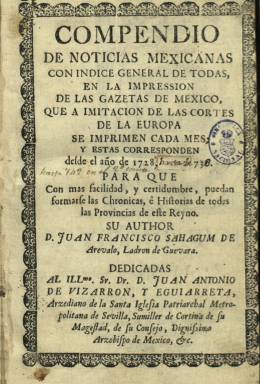
Título: Gazeta de México (1728)
Otros títulos: Gaceta de México
Colección: Gacetas
Ámbito geográfico: México
Lugar de publicación: México
Fechas: 01/01/1728-31/12/1739

Fundada y redactada por el presbítero Juan Francisco Sahagún y Arévalo Ladrón de Guevara (-1761) y editada e impresa por José Bernardo de Hogal (-1741), su periodicidad es mensual y sus entregas, de ocho páginas, secuenciadas y con foliación continuada;  compuestas a una columna y con un formato en cuarto. Estuvo publicándose desde enero de 1728 hasta diciembre de 1739, formando su colección 145 números y un total de 1.153 páginas. Del número 50 al 121 (1732-1737) tiene como pie a la Imprenta Real Superior del Gobierno. Los dos últimos son los únicos de cuatro páginas y carecen del  gran grabado en madera, con un escudo, que, con diversas variaciones en su diseño, era estampado en la primera plana de cada entrega.

La colección de la Biblioteca Nacional de España (BNE) no incluye ningún índice, aunque se sabe que otras colecciones pudieran tener alguno de los que sus artífices editaron e imprimieron, algunos bajo el título de Compendio..., como el que comprende de 1728 a 1736, cuya portada sí está incluida en la colección de la BNE, así como la Dedicatoria al arzobispo de México, Juan Antonio de Vizarrón y Eguiarreta, y el Prólogo al lector, firmados ambos textos por Hogal. Se publicó con licencia y privilegio del virrey de Nueva España, que desde 1722 era el marqués de Casafuerte, Juan de Acuña y Bejarano (-1734).

Se trata de una gazeta típica del XVIII, al estilo de las europeas y de las que se habían extendido ya en América, que será la segunda que,  con periodicidad fija, se publica en ese siglo en Nueva España, tras los seis números, también con periodicidad mensual , publicados por el también clérigo Juan Ignacio de Castorena y Ursúa (1668-1733) en 1722, y tras las anteriores gazetas, relaciones, sucesos u hojas volantes del XVII, o la reimpresión de la Gazeta de Madrid que el propio Hogal realizaba en México.

Sahagún y Hogal seguirán el modelo previo trazado por Castorena en la estructuración y contenidos de esta publicación, encabezados por titulillos con el nombre de los países o ciudades (al principio en cursiva y, después, en versales) de donde procedían las noticias o les afectaban los textos, pero con una ordenación más lógica y un estilo más claro y preciso que en su antecesora. Generalmente comenzaba con las concernientes a la entonces colonia bajo el epígrafe México, y le seguían otros con los nombres de otras de las ciudades de Nueva España, que generalmente eran sedes de órganos administrativos civiles, militares o eclesiásticos, o de poblaciones de importancia económica: Guadalajara, Querétaro, Vera Cruz, Acapulco, Puerto de Acapulco, Puebla de Los Ángeles, Valladolid, Real del Monte, Oaxaca, Michoacán, Zacatecas o Tasco, entre otras. Estas informaciones procedían, de forma anónima, de una suerte de “corresponsales” y de “correspondencias”, unas oficiales y otras particulares. Los primeros eran las propias autoridades seculares o religiosas (gobernadores, alcaldes, prelados, etc.). Las segundas podían proceder de relatos orales de capitanes de navío o de viajeros que llegaban a sus puertos, mientras que las noticias de otros países eran sacadas de las propias gazetas extranjeras. Así aparecen epígrafes con los nombres Madrid o Roma, o Guatemala o Perú.  Y a todo el material inicial Sahagún le aplicará un mismo estilo de redacción.

Publicará resúmenes del ordenamiento jurídico emanado por la monarquía  y el virreinato (pragmáticas, reales cédulas, leyes u ordenanzas), sentencias de la Real Audiencia y otros tribunales de Justicia, o nombramientos de autoridades, pero también dará cuenta de las manifestaciones públicas del culto católico (festividades, etc.). Asimismo ofrece información económica, especialmente la referida a la minería, de capital importancia en la entonces colonia, sobre el comercio o el movimiento portuario; datos estadísticos de demografía, mercaderías o consumo; sucesos, como incendios, epidemias o terremotos, notas científicas o composiciones en verso, y resaltan también sus gacetillas sobre la población indígena.  Destacan también sus descripciones y datos históricos y artísticos sobre monumentos, edificios monumentales o espacios públicos, y al igual también que la Gazeta de 1722, al final tiene una sección de Libros y otros impresos, como sermones u oficios, a veces con la indicación “nuevos de México”.

Como toda gazeta, seguirá el modelo “histórico y político” y, dado su carácter “cuasi oficial”, destacará también en ella una ausencia de comentarios de naturaleza política. En 1733, Sahagún recibirá el nombramiento oficial de historiador y cronista general de Nueva España (será el primero en este cargo). Las páginas de su Gazeta “pintan a lo vivo el estado de la sociedad mexicana, con sus costumbres, preocupaciones y especiales características”, en palabras de Francisco González Cossío y Xavier de la Vera Alfaro, en su estudio El nacionalismo en la prosa mexicana del siglo XVIII (1963), en las que aparece reflejado ya un “sentimiento de nacionalidad”, que prácticamente un siglo después conformará una sociedad criolla independizada de la metrópoli.

En los años 1740 y 1741, la Gazeta de México interrumpe su aparición, impedida por la carestía de papel, y en 1742, continuando la secuencia numérica de sus entregas y de foliación, reaparece con el título Mercurio de México, que también forma parte de la colección de la BNE.

Para este título y otras publicaciones oficiales y la prensa mexicana del XVIII, destacamos los estudios de María del Carmen Ruiz Castañeda, principalmente los que publica en 1970 y 1980, y la tesis doctoral de Héctor Rodolfo García Lisjuan (2011); el dedicado a las gacetas de México y la medicina, de Virginia Guedea (1991), y el de la imprenta mexicana, de José Toribio Medina, entre otros. La Secretaría de Educación Pública mexicana editó esta gazeta en facsímil en 1949.